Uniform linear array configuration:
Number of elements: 16
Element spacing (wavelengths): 0.25
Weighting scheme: exponential
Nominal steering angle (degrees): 30
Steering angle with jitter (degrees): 31.629
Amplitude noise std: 0.05
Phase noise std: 0.05

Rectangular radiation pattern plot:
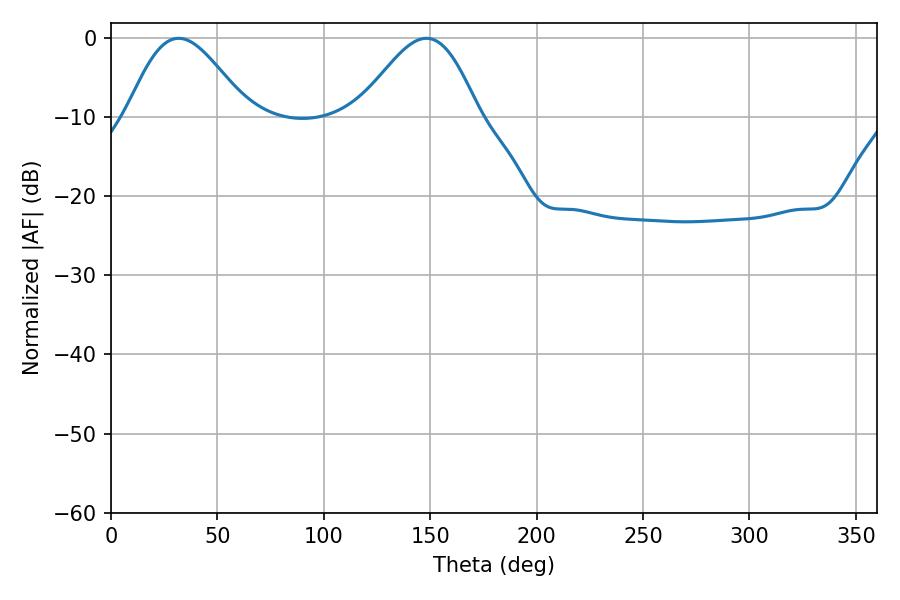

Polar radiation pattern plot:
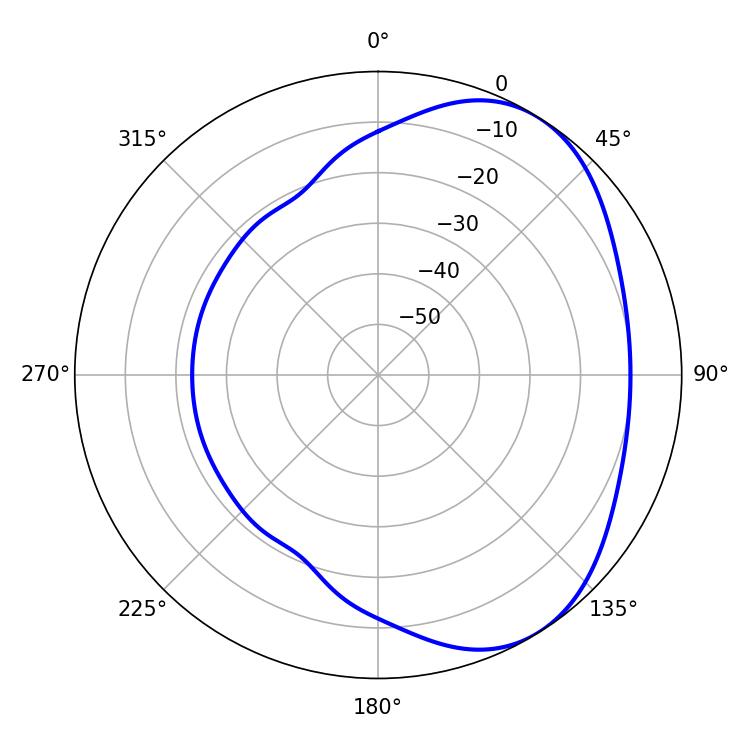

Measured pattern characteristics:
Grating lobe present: FALSE
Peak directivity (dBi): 4.497
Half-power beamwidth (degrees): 29.88
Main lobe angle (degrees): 31.86